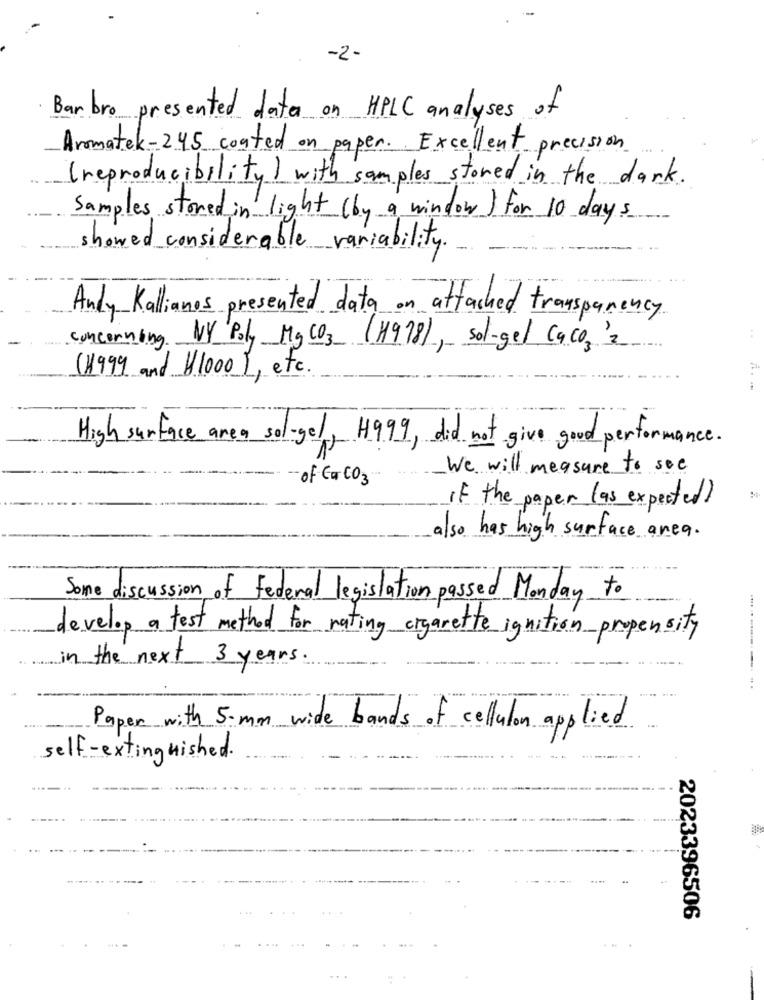
-2-
Barbro presented date on HPLC analyses of
Aromatek-245 coated on paper. Excellent precision
( reproducibility) with samples stored in the dark.
Samples stored in light (by a window) for 10 days
showed considerable variability.
Andy Kalianos presented data on attached transparency
concerning NY Poly My CO3 (H978), sol-gel Caco3 2
(1999 and 1/1000 ), etc.
High surface area sol-gel, H999, did not give good performance.
We will measure to see
of Car CO3
If the paper las expecter
also has high surface area.
Some discussion of federal legislation passed Monday to
develop a test method for rating cigarette ignition propensity
.... .. ........
in the next 3 years.
Paper with 5-mm wide bands of cellulon applied
self-extinguished.
2023396506